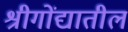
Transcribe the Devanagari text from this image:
श्रीगोंद्यातील